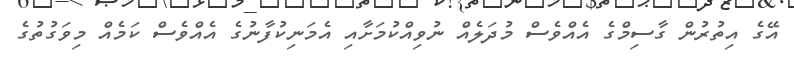
އޭގެ އިތުރުން ގާސިމްގެ އެއްވެސް މުދަލެއް ނުވިއްކުމަށާއި އެމަނިކުފާނުގެ އެއްވެސް ކަމެއް މިވަގުތުގެ